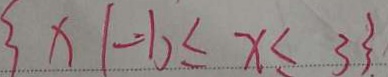
\{ x \vert - 1 \leq x \leq 3 \}